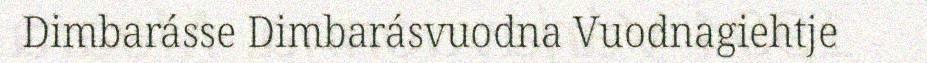
Dimbarásse Dimbarásvuodna Vuodnagiehtje